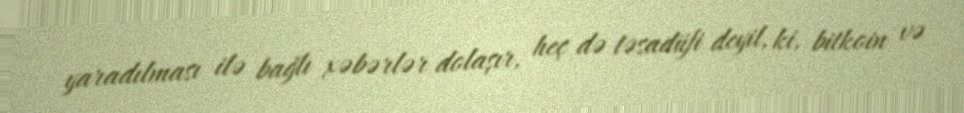
yaradılması ilə bağlı xəbərlər dolaşır, heç də təsadüfi deyil, ki, bitkoin və